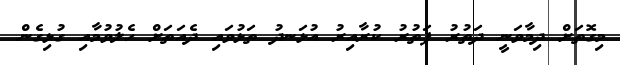
މިގޮތަށް ދިމާވަނީ ދަތުރު ފަތުރު ކުރާއިރު އުޅަނދު ތަޅުވައި ދެއަތަށް ހެލުވުމާއި ގުޅިގެން